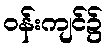
ဝန်းကျင်၌